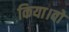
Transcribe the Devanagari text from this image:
किया।वो